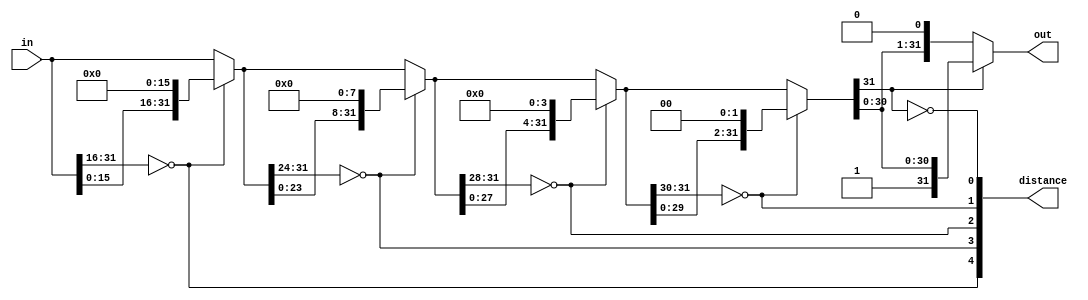
module normalize32_0(
    input [31:0] in,
    output[31:0] out,
    output[4:0] distance);

  wire[15:0] T0;
  wire[0:0] dist_4;
  wire[31:0] T1;
  wire[31:0] norm_16;
  wire[7:0] T2;
  wire[0:0] dist_3;
  wire[1:0] T3;
  wire[31:0] T4;
  wire[31:0] norm_8;
  wire[3:0] T5;
  wire[0:0] dist_2;
  wire[2:0] T6;
  wire[31:0] T7;
  wire[31:0] norm_4;
  wire[1:0] T8;
  wire[0:0] dist_1;
  wire[3:0] T9;
  wire[31:0] T10;
  wire[31:0] norm_2;
  wire[0:0] T11;
  wire[0:0] dist_0;
  wire[4:0] T12;
  wire[31:0] T13;
  wire[31:0] T14;

  assign T0 = in[5'h1f:5'h10];
  assign dist_4 = T0 == 16'h0;
  assign T1 = in << 5'h10;
  assign norm_16 = dist_4 ? T1 : in;
  assign T2 = norm_16[5'h1f:5'h18];
  assign dist_3 = T2 == 8'h0;
  assign T3 = {dist_4, dist_3};
  assign T4 = norm_16 << 4'h8;
  assign norm_8 = dist_3 ? T4 : norm_16;
  assign T5 = norm_8[5'h1f:5'h1c];
  assign dist_2 = T5 == 4'h0;
  assign T6 = {T3, dist_2};
  assign T7 = norm_8 << 3'h4;
  assign norm_4 = dist_2 ? T7 : norm_8;
  assign T8 = norm_4[5'h1f:5'h1e];
  assign dist_1 = T8 == 2'h0;
  assign T9 = {T6, dist_1};
  assign T10 = norm_4 << 2'h2;
  assign norm_2 = dist_1 ? T10 : norm_4;
  assign T11 = norm_2[5'h1f];
  assign dist_0 = T11 == 1'h0;
  assign T12 = {T9, dist_0};
  assign distance = T12;
  assign T13 = norm_2 << 1'h1;
  assign T14 = dist_0 ? T13 : norm_2;
  assign out = T14;
endmodule

module float32ToRecodedFloat32(
    input [31:0] in,
    output[32:0] out);

  wire[0:0] sign;
  wire[7:0] expIn;
  wire[0:0] isZeroExpIn;
  wire[22:0] fractIn;
  wire[0:0] isZeroFractIn;
  wire[0:0] T2;
  wire[0:0] isSubnormal;
  wire[31:0] norm_in;
  wire[4:0] distance_0;
  wire[4:0] T3;
  wire[8:0] T4;
  wire[8:0] T5;
  wire[0:0] isNormalOrSpecial;
  wire[8:0] T6;
  wire[8:0] commonExp;
  wire[0:0] isZero;
  wire[8:0] expAdjust;
  wire[8:0] T7;
  wire[8:0] adjustedCommonExp;
  wire[1:0] T8;
  wire[0:0] T9;
  wire[0:0] T10;
  wire[0:0] isNaN;
  wire[6:0] T11;
  wire[6:0] T12;
  wire[8:0] expOut;
  wire[9:0] T13;
  wire[31:0] out_1;
  wire[22:0] normalizedFract;
  wire[22:0] fractOut;
  wire[32:0] T14;

  assign sign = in[5'h1f];
  assign expIn = in[5'h1e:5'h17];
  assign isZeroExpIn = expIn == 9'h0;
  assign fractIn = in[5'h16:1'h0];
  assign isZeroFractIn = fractIn == 23'h0;
  assign T2 = ~ isZeroFractIn;
  assign isSubnormal = isZeroExpIn & T2;
  assign norm_in = {fractIn, 9'h0};
  assign T3 = ~ distance_0;
  assign T4 = {4'b1111, T3};
  assign T5 = isSubnormal ? T4 : 9'h0;
  assign isNormalOrSpecial = ~ isZeroExpIn;
  assign T6 = isNormalOrSpecial ? expIn : 9'h0;
  assign commonExp = T5 | T6;
  assign isZero = isZeroExpIn & isZeroFractIn;
  assign expAdjust = isZero ? 9'h0 : 9'b010000001;
  assign T7 = commonExp + expAdjust;
  assign adjustedCommonExp = T7 + isSubnormal;
  assign T8 = adjustedCommonExp[4'h8:3'h7];
  assign T9 = T8 == 2'b11;
  assign T10 = ~ isZeroFractIn;
  assign isNaN = T9 & T10;
  assign T11 = isNaN[3'h6:1'h0];
  assign T12 = T11 << 3'h6;
  assign expOut = adjustedCommonExp | T12;
  assign T13 = {sign, expOut};
  assign normalizedFract = out_1[5'h1e:4'h8];
  assign fractOut = isZeroExpIn ? normalizedFract : fractIn;
  assign T14 = {T13, fractOut};
  assign out = T14;
  normalize32_0 normalize32_0(
       .in( norm_in ),
       .out( out_1 ),
       .distance( distance_0 ));
endmodule

module shift_right_track_lsbs_0(
    input [64:0] in,
    output[0:0] out_lsb,
    input [0:0] in_lsb,
    output[64:0] out,
    input [0:0] do_shift);

  wire[0:0] T0;
  wire[63:0] T1;
  wire[64:0] T2;
  wire[64:0] T3;
  wire[0:0] T4;
  wire[0:0] T5;
  wire[0:0] T6;
  wire[0:0] T7;

  assign T0 = {1'h1{1'h0}};
  assign T1 = in[7'h40:1'h1];
  assign T2 = {T0, T1};
  assign T3 = do_shift ? T2 : in;
  assign out = T3;
  assign T4 = in[1'h0:1'h0];
  assign T5 = T4 != 1'h0;
  assign T6 = in_lsb || T5;
  assign T7 = do_shift ? T6 : in_lsb;
  assign out_lsb = T7;
endmodule

module shift_right_track_lsbs_1(
    input [64:0] in,
    output[0:0] out_lsb,
    input [0:0] in_lsb,
    output[64:0] out,
    input [0:0] do_shift);

  wire[1:0] T0;
  wire[62:0] T1;
  wire[64:0] T2;
  wire[64:0] T3;
  wire[1:0] T4;
  wire[0:0] T5;
  wire[0:0] T6;
  wire[0:0] T7;

  assign T0 = {2'h2{1'h0}};
  assign T1 = in[7'h40:2'h2];
  assign T2 = {T0, T1};
  assign T3 = do_shift ? T2 : in;
  assign out = T3;
  assign T4 = in[1'h1:1'h0];
  assign T5 = T4 != 2'h0;
  assign T6 = in_lsb || T5;
  assign T7 = do_shift ? T6 : in_lsb;
  assign out_lsb = T7;
endmodule

module shift_right_track_lsbs_2(
    input [64:0] in,
    output[0:0] out_lsb,
    input [0:0] in_lsb,
    output[64:0] out,
    input [0:0] do_shift);

  wire[3:0] T0;
  wire[60:0] T1;
  wire[64:0] T2;
  wire[64:0] T3;
  wire[3:0] T4;
  wire[0:0] T5;
  wire[0:0] T6;
  wire[0:0] T7;

  assign T0 = {3'h4{1'h0}};
  assign T1 = in[7'h40:3'h4];
  assign T2 = {T0, T1};
  assign T3 = do_shift ? T2 : in;
  assign out = T3;
  assign T4 = in[2'h3:1'h0];
  assign T5 = T4 != 4'h0;
  assign T6 = in_lsb || T5;
  assign T7 = do_shift ? T6 : in_lsb;
  assign out_lsb = T7;
endmodule

module shift_right_track_lsbs_3(
    input [64:0] in,
    output[0:0] out_lsb,
    input [0:0] in_lsb,
    output[64:0] out,
    input [0:0] do_shift);

  wire[7:0] T0;
  wire[56:0] T1;
  wire[64:0] T2;
  wire[64:0] T3;
  wire[7:0] T4;
  wire[0:0] T5;
  wire[0:0] T6;
  wire[0:0] T7;

  assign T0 = {4'h8{1'h0}};
  assign T1 = in[7'h40:4'h8];
  assign T2 = {T0, T1};
  assign T3 = do_shift ? T2 : in;
  assign out = T3;
  assign T4 = in[3'h7:1'h0];
  assign T5 = T4 != 8'h0;
  assign T6 = in_lsb || T5;
  assign T7 = do_shift ? T6 : in_lsb;
  assign out_lsb = T7;
endmodule

module shift_right_track_lsbs_4(
    input [64:0] in,
    output[0:0] out_lsb,
    input [0:0] in_lsb,
    output[64:0] out,
    input [0:0] do_shift);

  wire[15:0] T0;
  wire[48:0] T1;
  wire[64:0] T2;
  wire[64:0] T3;
  wire[15:0] T4;
  wire[0:0] T5;
  wire[0:0] T6;
  wire[0:0] T7;

  assign T0 = {5'h10{1'h0}};
  assign T1 = in[7'h40:5'h10];
  assign T2 = {T0, T1};
  assign T3 = do_shift ? T2 : in;
  assign out = T3;
  assign T4 = in[4'hf:1'h0];
  assign T5 = T4 != 16'h0;
  assign T6 = in_lsb || T5;
  assign T7 = do_shift ? T6 : in_lsb;
  assign out_lsb = T7;
endmodule

module shift_right_track_lsbs_5(
    input [64:0] in,
    output[0:0] out_lsb,
    input [0:0] in_lsb,
    output[64:0] out,
    input [0:0] do_shift);

  wire[31:0] T0;
  wire[32:0] T1;
  wire[64:0] T2;
  wire[64:0] T3;
  wire[31:0] T4;
  wire[0:0] T5;
  wire[0:0] T6;
  wire[0:0] T7;

  assign T0 = {6'h20{1'h0}};
  assign T1 = in[7'h40:6'h20];
  assign T2 = {T0, T1};
  assign T3 = do_shift ? T2 : in;
  assign out = T3;
  assign T4 = in[5'h1f:1'h0];
  assign T5 = T4 != 32'h0;
  assign T6 = in_lsb || T5;
  assign T7 = do_shift ? T6 : in_lsb;
  assign out_lsb = T7;
endmodule

module shift_right_track_lsbs_6(
    input [64:0] in,
    output[0:0] out_lsb,
    input [0:0] in_lsb,
    output[64:0] out,
    input [0:0] do_shift);

  wire[63:0] T0;
  wire[0:0] T1;
  wire[64:0] T2;
  wire[64:0] T3;
  wire[63:0] T4;
  wire[0:0] T5;
  wire[0:0] T6;
  wire[0:0] T7;

  assign T0 = {7'h40{1'h0}};
  assign T1 = in[7'h40:7'h40];
  assign T2 = {T0, T1};
  assign T3 = do_shift ? T2 : in;
  assign out = T3;
  assign T4 = in[6'h3f:1'h0];
  assign T5 = T4 != 64'h0;
  assign T6 = in_lsb || T5;
  assign T7 = do_shift ? T6 : in_lsb;
  assign out_lsb = T7;
endmodule

module recodedFloat32ToAny(
    output[4:0] exceptionFlags,
    input [32:0] in,
    output[63:0] out,
    input [1:0] typeOp,
    input [1:0] roundingMode);

  wire[0:0] T14;
  wire[8:0] exponent;
  wire[2:0] T15;
  wire[0:0] T16;
  wire[8:0] T17;
  wire[0:0] isZeroOrOne;
  wire[0:0] isValidShift;
  wire[0:0] sign;
  wire[0:0] T18;
  wire[0:0] T19;
  wire[2:0] T20;
  wire[0:0] T21;
  wire[5:0] T22;
  wire[5:0] T23;
  wire[6:0] T24;
  wire[6:0] T25;
  wire[6:0] shift_count;
  wire[0:0] T26;
  wire[0:0] T27;
  wire[0:0] T28;
  wire[0:0] T29;
  wire[0:0] T30;
  wire[0:0] T31;
  wire[0:0] T32;
  wire[22:0] T33;
  wire[23:0] T34;
  wire[40:0] T35;
  wire[64:0] T36;
  wire[64:0] out_0;
  wire[64:0] out_1;
  wire[64:0] out_2;
  wire[64:0] out_3;
  wire[64:0] out_4;
  wire[64:0] out_5;
  wire[64:0] out_6;
  wire[65:0] absolute_int;
  wire[64:0] T37;
  wire[0:0] T38;
  wire[1:0] T39;
  wire[0:0] out_lsb_7;
  wire[0:0] out_lsb_8;
  wire[0:0] out_lsb_9;
  wire[0:0] out_lsb_10;
  wire[0:0] out_lsb_11;
  wire[0:0] out_lsb_12;
  wire[0:0] out_lsb_13;
  wire[2:0] lsbs;
  wire[1:0] T40;
  wire[0:0] T41;
  wire[1:0] T42;
  wire[0:0] T43;
  wire[0:0] T44;
  wire[0:0] T45;
  wire[0:0] T46;
  wire[1:0] T47;
  wire[0:0] roundExact;
  wire[0:0] T48;
  wire[0:0] T49;
  wire[0:0] T50;
  wire[0:0] T51;
  wire[0:0] T52;
  wire[0:0] T53;
  wire[0:0] T54;
  wire[0:0] T55;
  wire[0:0] T56;
  wire[0:0] roundOffset;
  wire[64:0] absolute_round;
  wire[63:0] T57;
  wire[0:0] T58;
  wire[0:0] T59;
  wire[0:0] T60;
  wire[0:0] T61;
  wire[63:0] T62;
  wire[63:0] T63;
  wire[63:0] T64;
  wire[63:0] maxInteger;
  wire[0:0] T65;
  wire[0:0] T66;
  wire[8:0] T67;
  wire[0:0] isTiny;
  wire[0:0] T68;
  wire[0:0] isValidUnsigned;
  wire[0:0] T69;
  wire[0:0] T70;
  wire[64:0] T71;
  wire[64:0] T72;
  wire[63:0] signed_int;
  wire[1:0] T73;
  wire[0:0] T74;
  wire[0:0] isRoundToZero;
  wire[0:0] T75;
  wire[0:0] T76;
  wire[0:0] T77;
  wire[0:0] T78;
  wire[63:0] T79;
  wire[0:0] T80;
  wire[0:0] T81;
  wire[63:0] T82;
  wire[63:0] T83;
  wire[0:0] T84;
  wire[0:0] T85;
  wire[0:0] isValidSigned;
  wire[0:0] T86;
  wire[0:0] T87;
  wire[0:0] T88;
  wire[0:0] T89;
  wire[11:0] T90;
  wire[11:0] T91;
  wire[11:0] T92;
  wire[11:0] T93;
  wire[11:0] maxExponent;
  wire[8:0] T94;
  wire[9:0] T95;
  wire[22:0] T96;
  wire[32:0] maxNegFloat;
  wire[0:0] T97;
  wire[0:0] T98;
  wire[0:0] T99;
  wire[0:0] T100;
  wire[0:0] isValidExp;
  wire[0:0] T101;
  wire[0:0] T102;
  wire[0:0] T103;
  wire[0:0] T104;
  wire[0:0] T105;
  wire[0:0] T106;
  wire[0:0] T107;
  wire[0:0] T108;
  wire[0:0] isValid;
  wire[0:0] T109;
  wire[4:0] T110;
  wire[63:0] T111;
  wire[0:0] T112;
  wire[0:0] T113;
  wire[0:0] T114;
  wire[0:0] T115;
  wire[0:0] T116;
  wire[0:0] T117;
  wire[0:0] T118;
  wire[0:0] T119;
  wire[0:0] T120;
  wire[63:0] T121;
  wire[63:0] T122;
  wire[63:0] T123;
  wire[63:0] minInteger;
  wire[63:0] T124;
  wire[63:0] T125;
  wire[63:0] T126;
  wire[63:0] T127;

  assign T14 = typeOp == 2'h0;
  assign exponent = in[5'h1f:5'h17];
  assign T15 = exponent[4'h8:3'h6];
  assign T16 = T15 == 3'b100;
  assign T17 = 9'h100 - 1'h1;
  assign isZeroOrOne = exponent == T17;
  assign isValidShift = T16 || isZeroOrOne;
  assign sign = in[6'h20];
  assign T18 = ! sign;
  assign T19 = isValidShift && T18;
  assign T20 = exponent[4'h8:3'h6];
  assign T21 = T20 == 3'b100;
  assign T22 = exponent[3'h5:1'h0];
  assign T23 = ~ T22;
  assign T24 = {1'h0, T23};
  assign T25 = isZeroOrOne ? 7'b1000000 : 7'h0;
  assign shift_count = T21 ? T24 : T25;
  assign T26 = shift_count[3'h6];
  assign T27 = shift_count[3'h5];
  assign T28 = shift_count[3'h4];
  assign T29 = shift_count[2'h3];
  assign T30 = shift_count[2'h2];
  assign T31 = shift_count[1'h1];
  assign T32 = shift_count[1'h0];
  assign T33 = in[5'h16:1'h0];
  assign T34 = {1'h1, T33};
  assign T35 = {6'h29{1'h0}};
  assign T36 = {T34, T35};
  assign absolute_int = {1'h0, out_6};
  assign T37 = absolute_int[7'h41:1'h1];
  assign T38 = roundingMode == 2'h0;
  assign T39 = absolute_int[1'h1:1'h0];
  assign lsbs = {T39, out_lsb_13};
  assign T40 = lsbs[1'h1:1'h0];
  assign T41 = T40 == 2'b11;
  assign T42 = lsbs[2'h2:1'h1];
  assign T43 = T42 == 2'b11;
  assign T44 = T41 || T43;
  assign T45 = roundingMode == 2'h1;
  assign T46 = roundingMode == 2'h2;
  assign T47 = lsbs[1'h1:1'h0];
  assign roundExact = T47 == 2'b00;
  assign T48 = ~ roundExact;
  assign T49 = sign & T48;
  assign T50 = roundingMode == 2'h3;
  assign T51 = ~ sign;
  assign T52 = ~ roundExact;
  assign T53 = T51 & T52;
  assign T54 = T50 ? T53 : 1'h0;
  assign T55 = T46 ? T49 : T54;
  assign T56 = T45 ? 1'h0 : T55;
  assign roundOffset = T38 ? T44 : T56;
  assign absolute_round = T37 + roundOffset;
  assign T57 = absolute_round[6'h3f:1'h0];
  assign T58 = typeOp == 2'h0;
  assign T59 = typeOp == 2'h1;
  assign T60 = typeOp == 2'h2;
  assign T61 = typeOp == 2'h3;
  assign T62 = T61 ? 64'h7fffffffffffffff : 64'h0;
  assign T63 = T60 ? 64'hffffffffffffffff : T62;
  assign T64 = T59 ? 64'h7fffffff : T63;
  assign maxInteger = T58 ? 64'hffffffff : T64;
  assign T65 = T57 <= maxInteger;
  assign T66 = ! sign;
  assign T67 = 9'h100 - 1'h1;
  assign isTiny = exponent < T67;
  assign T68 = T66 ? isTiny : 1'h0;
  assign isValidUnsigned = T19 ? T65 : T68;
  assign T69 = isZeroOrOne || isTiny;
  assign T70 = sign && T69;
  assign T71 = - absolute_round;
  assign T72 = sign ? T71 : absolute_round;
  assign signed_int = T72[6'h3f:1'h0];
  assign T73 = signed_int[1'h1:1'h0];
  assign T74 = T73 == 2'h0;
  assign isRoundToZero = T70 && T74;
  assign T75 = isValidUnsigned || isRoundToZero;
  assign T76 = typeOp == 2'h1;
  assign T77 = ! sign;
  assign T78 = isValidShift && T77;
  assign T79 = absolute_round[6'h3f:1'h0];
  assign T80 = T79 <= maxInteger;
  assign T81 = isValidShift && sign;
  assign T82 = absolute_round[6'h3f:1'h0];
  assign T83 = maxInteger + 1'h1;
  assign T84 = T82 <= T83;
  assign T85 = T81 ? T84 : isTiny;
  assign isValidSigned = T78 ? T80 : T85;
  assign T86 = typeOp == 2'h0;
  assign T87 = typeOp == 2'h1;
  assign T88 = typeOp == 2'h2;
  assign T89 = typeOp == 2'h3;
  assign T90 = T89 ? 12'h3f : 12'h0;
  assign T91 = T88 ? 12'h40 : T90;
  assign T92 = T87 ? 12'h1f : T91;
  assign T93 = T86 ? 12'h20 : T92;
  assign maxExponent = 9'h100 + T93;
  assign T94 = maxExponent[4'h8:1'h0];
  assign T95 = {1'h1, T94};
  assign T96 = {5'h17{1'h0}};
  assign maxNegFloat = {T95, T96};
  assign T97 = in == maxNegFloat;
  assign T98 = isValidSigned || T97;
  assign T99 = typeOp == 2'h2;
  assign T100 = ! sign;
  assign isValidExp = exponent < maxExponent;
  assign T101 = T100 && isValidExp;
  assign T102 = T101 || isRoundToZero;
  assign T103 = typeOp == 2'h3;
  assign T104 = in == maxNegFloat;
  assign T105 = isValidExp || T104;
  assign T106 = T103 ? T105 : 1'h0;
  assign T107 = T99 ? T102 : T106;
  assign T108 = T76 ? T98 : T107;
  assign isValid = T14 ? T75 : T108;
  assign T109 = ~ isValid;
  assign T110 = {T109, 4'h0};
  assign exceptionFlags = T110;
  assign T111 = {7'h40{1'h0}};
  assign T112 = ~ isValid;
  assign T113 = ~ sign;
  assign T114 = T112 && T113;
  assign T115 = ~ isValid;
  assign T116 = T115 && sign;
  assign T117 = typeOp == 2'h0;
  assign T118 = typeOp == 2'h1;
  assign T119 = typeOp == 2'h2;
  assign T120 = typeOp == 2'h3;
  assign T121 = T120 ? 64'h8000000000000000 : 64'h0;
  assign T122 = T119 ? 64'hffffffffffffffff : T121;
  assign T123 = T118 ? 64'hffffffff80000000 : T122;
  assign minInteger = T117 ? 64'hffffffff : T123;
  assign T124 = signed_int[6'h3f:1'h0];
  assign T125 = T116 ? minInteger : T124;
  assign T126 = T114 ? maxInteger : T125;
  assign T127 = isTiny ? T111 : T126;
  assign out = T127;
  shift_right_track_lsbs_0 shift_right_track_lsbs_0(
       .in( T36 ),
       .out_lsb( out_lsb_7 ),
       .in_lsb( 1'h0 ),
       .out( out_0 ),
       .do_shift( T32 ));
  shift_right_track_lsbs_1 shift_right_track_lsbs_1(
       .in( out_0 ),
       .out_lsb( out_lsb_8 ),
       .in_lsb( out_lsb_7 ),
       .out( out_1 ),
       .do_shift( T31 ));
  shift_right_track_lsbs_2 shift_right_track_lsbs_2(
       .in( out_1 ),
       .out_lsb( out_lsb_9 ),
       .in_lsb( out_lsb_8 ),
       .out( out_2 ),
       .do_shift( T30 ));
  shift_right_track_lsbs_3 shift_right_track_lsbs_3(
       .in( out_2 ),
       .out_lsb( out_lsb_10 ),
       .in_lsb( out_lsb_9 ),
       .out( out_3 ),
       .do_shift( T29 ));
  shift_right_track_lsbs_4 shift_right_track_lsbs_4(
       .in( out_3 ),
       .out_lsb( out_lsb_11 ),
       .in_lsb( out_lsb_10 ),
       .out( out_4 ),
       .do_shift( T28 ));
  shift_right_track_lsbs_5 shift_right_track_lsbs_5(
       .in( out_4 ),
       .out_lsb( out_lsb_12 ),
       .in_lsb( out_lsb_11 ),
       .out( out_5 ),
       .do_shift( T27 ));
  shift_right_track_lsbs_6 shift_right_track_lsbs_6(
       .in( out_5 ),
       .out_lsb( out_lsb_13 ),
       .in_lsb( out_lsb_12 ),
       .out( out_6 ),
       .do_shift( T26 ));
endmodule

module float32ToAny(
    output[4:0] exceptionFlags,
    input [31:0] in,
    output[63:0] out,
    input [1:0] typeOp,
    input [1:0] roundingMode);

  wire[32:0] out_0;
  wire[4:0] exceptionFlags_1;
  wire[63:0] out_2;

  assign exceptionFlags = exceptionFlags_1;
  assign out = out_2;
  float32ToRecodedFloat32 float32ToRecodedFloat32(
       .in( in ),
       .out( out_0 ));
  recodedFloat32ToAny recodedFloat32ToAny(
       .exceptionFlags( exceptionFlags_1 ),
       .in( out_0 ),
       .out( out_2 ),
       .typeOp( typeOp ),
       .roundingMode( roundingMode ));
endmodule